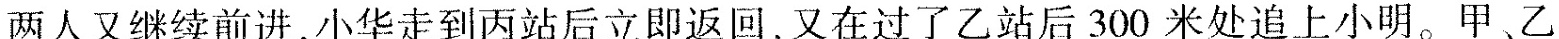
两人又继续前进，小华走到丙站后立即返回，又在过了乙站后300米处追上小明。甲乙